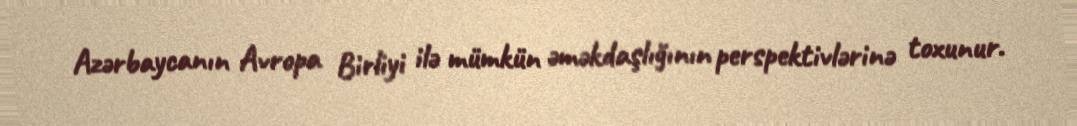
Azərbaycanın Avropa Birliyi ilə mümkün əməkdaşlığının perspektivlərinə toxunur.